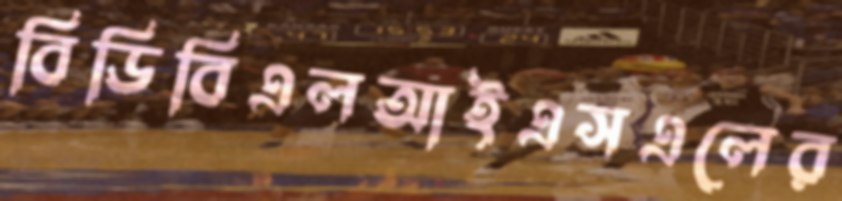
বিডিবিএলআইএসএলের